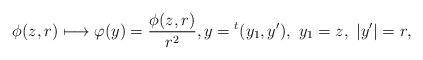
LaTeX: \begin{align*}\phi(z,r)\longmapsto \varphi(y)=\frac{\phi(z,r)}{r^{2}},y={}^{t}(y_1,y'),\ y_1=z,\ |y'|=r, \end{align*}